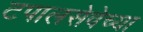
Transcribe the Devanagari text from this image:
टपालसेवेच्या